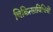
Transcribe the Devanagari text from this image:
चिकित्साविधियों